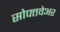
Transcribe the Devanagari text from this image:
सोफ्तवेअर